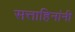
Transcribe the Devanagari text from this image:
सत्ताहिनांनी